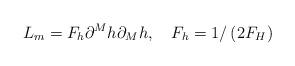
LaTeX: \begin{align*}L_m=F_h\partial ^Mh\partial _Mh,\quad F_h=1/\left( 2F_H\right)\end{align*}